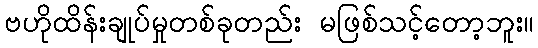
ဗဟိုထိန်းချုပ်မှုတစ်ခုတည်း မဖြစ်သင့်တော့ဘူး။